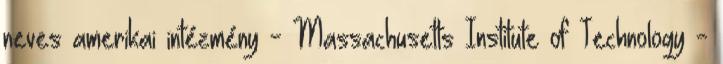
neves amerikai intézmény - Massachusetts Institute of Technology -